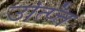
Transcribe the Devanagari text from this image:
उत्प्त्ति